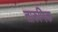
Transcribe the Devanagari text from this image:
तारुणिक